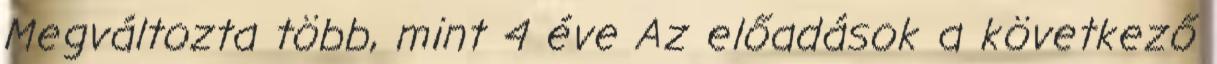
Megváltozta több, mint 4 éve Az előadások a következő